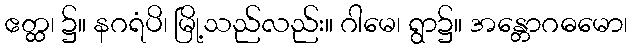
ဧတ္ထ၊ ၌။ နဂရံပိ၊ မြို့သည်လည်း။ ဂါမေ၊ ရွာ၌။ အန္တောဂဓမော၊